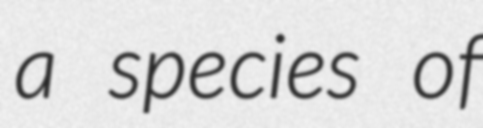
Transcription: a species of